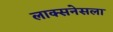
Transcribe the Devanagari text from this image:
लाक्सनेसला